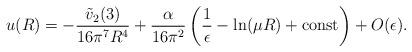
LaTeX: \begin{align*}u(R)=-\frac{\tilde{v}_2(3)}{16\pi^7R^4}+\frac{\alpha}{16\pi^2}\left(\frac{1}{\epsilon}-\ln(\mu R)+{\rm const}\right)+O(\epsilon).\end{align*}